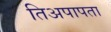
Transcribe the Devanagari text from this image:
तिअपापता